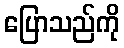
ပြောသည်ကို